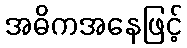
အဓိကအနေဖြင့်